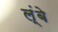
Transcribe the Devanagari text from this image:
ल्ंबे